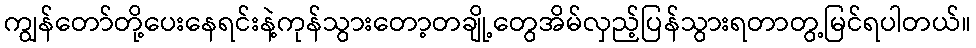
ကျွန်တော်တို့ပေးနေရင်းနဲ့ကုန်သွားတော့တချို့တွေအိမ်လှည့်ပြန်သွားရတာတွ့မြင်ရပါတယ်။